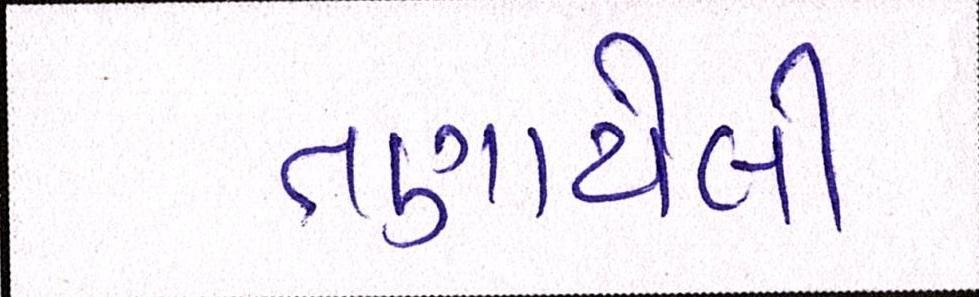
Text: તણાયેલી